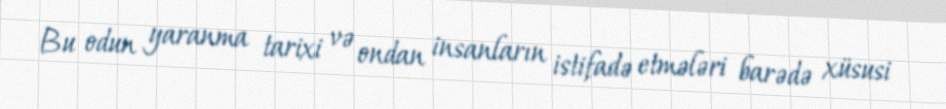
Bu odun yaranma tarixi və ondan insanların istifadə etmələri barədə xüsusi